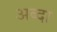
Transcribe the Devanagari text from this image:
अब्दा